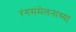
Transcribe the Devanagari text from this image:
रंगसंमेलनाच्या